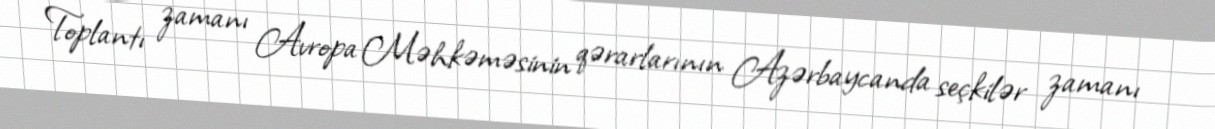
Toplantı zamanı Avropa Məhkəməsinin qərarlarının Azərbaycanda seçkilər zamanı